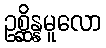
ဥစ္ဆိန္နမူလော